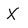
Character: X